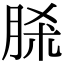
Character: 脎